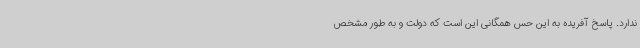
ندارد. پاسخ آفریده به این حس همگانی این است که دولت و به طور مشخص